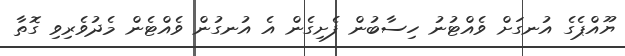
ޔޫއްޕެގެ އުނގަށް ވެއްޓުނު ހިސާބުން ފެށިގެން އެ އުނގުން ވެއްޓެން މެދުވެރިވި ގޮތާ